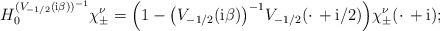
LaTeX: \begin{align*} H_0^{(V_{-1/2}(\mathrm i\beta))^{-1}}\chi^\nu_\pm =\Big(1 -\big(V_{-1/2}(\mathrm i\beta)\big)^{-1}V_{-1/2}(\cdot\, +\mathrm i/2)\Big)\chi^\nu_\pm(\cdot\, +\mathrm i);\end{align*}